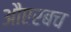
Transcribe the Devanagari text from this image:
औएरबच